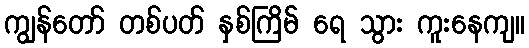
ကျွန်တော် တစ်ပတ် နှစ်ကြိမ် ရေ သွား ကူးနေကျ။